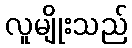
လူမျိုးသည်